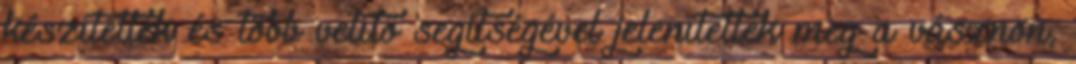
készítették és több vetítő segítségével jelenítették meg a vásznon,